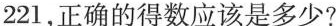
221，正确的得数应该是多少?